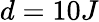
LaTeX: d=10J